Annual report on the Civil Veterinary Department, Burma (including the Insein Veterinary School) - 1923-1931
Year: 1923
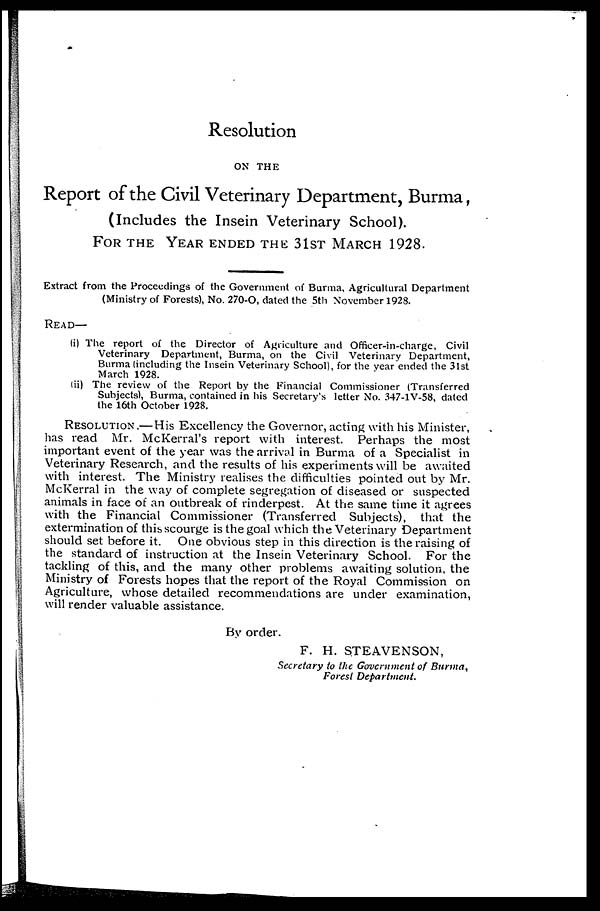
Resolution
ON THE
Report of the Civil Veterinary Department, Burma,
(Includes the Insein Veterinary School).
FOR THE YEAR ENDED THE 31ST MARCH 1928.
Extract from the Proceedings of the Government of Burma, Agricultural Department
(Ministry of Forests), No. 270-O, dated the 5th November 1928.
READ—
(i) The report of the Director of Agriculture and Officer-in-charge, Civil
Veterinary Department, Burma, on the Civil Veterinary Department,
Burma (including the Insein Veterinary School), for the year ended the 31st
March 1928.
(ii) The review of the Report by the Financial Commissioner (Transferred
Subjects), Burma, contained in his Secretary's letter No. 347-1V-58, dated
the 16th October 1928.
RESOLUTION.—His Excellency the Governor, acting with his Minister,
has read Mr. McKerral's report with interest. Perhaps the most
important event of the year was the arrival in Burma of a Specialist in
Veterinary Research, and the results of his experiments will be awaited
with interest. The Ministry realises the difficulties pointed out by Mr.
McKerral in the way of complete segregation of diseased or suspected
animals in face of an outbreak of rinderpest. At the same time it agrees
with the Financial Commissioner (Transferred Subjects), that the
extermination of this scourge is the goal which the Veterinary Department
should set before it. One obvious step in this direction is the raising of
the standard of instruction at the Insein Veterinary School. For the
tackling of this, and the many other problems awaiting solution, the
Ministry of Forests hopes that the report of the Royal Commission on
Agriculture, whose detailed recommendations are under examination,
will render valuable assistance.
By order.
F. H. STEAVENSON,
Secretary to the Government of Burma,
Forest Department.